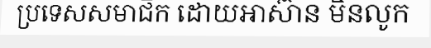
ប្រទេសសមាជិក ដោយអាស៊ាន មិនលូក